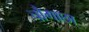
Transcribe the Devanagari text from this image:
चौगाछा